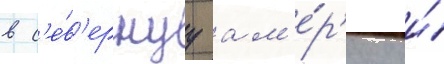
в с'е́в'ернуу ам'е́р'ику и́